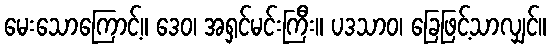
မေးသောကြောင့်။ ဒေဝ၊ အရှင်မင်းကြီး။ ပဒသာဝ၊ ခြေဖြင့်သာလျှင်။